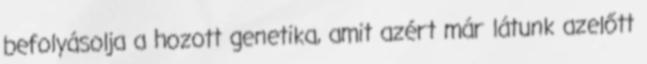
befolyásolja a hozott genetika, amit azért már látunk azelőtt